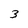
Character: 3